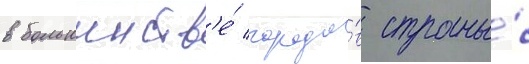
в большинств'е́ городо́в страны́